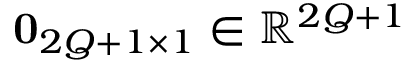
\mathbf { 0 } _ { 2 Q + 1 \times 1 } \in \mathbb { R } ^ { 2 Q + 1 }